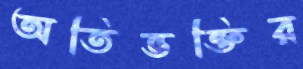
অতিভক্তির